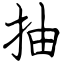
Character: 抽